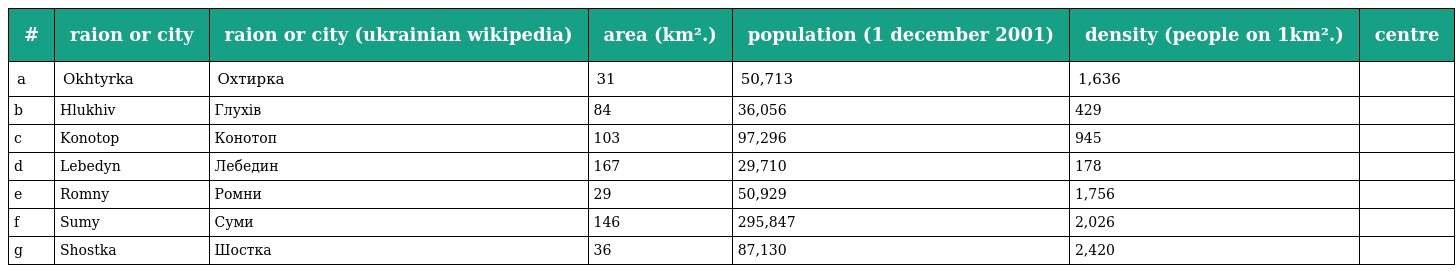
| # | raion or city | raion or city (ukrainian wikipedia) | area (km².) | population (1 december 2001) | density (people on 1km².) | centre |
 | --- | --- | --- | --- | --- | --- | --- |
 | a | Okhtyrka | Охтирка | 31 | 50,713 | 1,636 |  |
 | b | Hlukhiv | Глухів | 84 | 36,056 | 429 |  |
 | c | Konotop | Конотоп | 103 | 97,296 | 945 |  |
 | d | Lebedyn | Лебедин | 167 | 29,710 | 178 |  |
 | e | Romny | Ромни | 29 | 50,929 | 1,756 |  |
 | f | Sumy | Суми | 146 | 295,847 | 2,026 |  |
 | g | Shostka | Шостка | 36 | 87,130 | 2,420 |  |